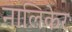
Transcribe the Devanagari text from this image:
नालिकेरः